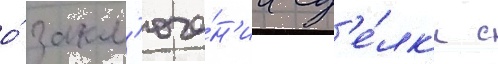
о́ закл'юче́н'ии сд'е́лк'и с